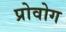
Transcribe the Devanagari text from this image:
प्रोवोग